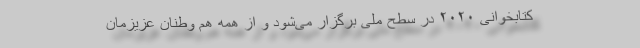
کتابخوانی ۲۰۲۰ در سطح ملی برگزار می‌شود و از همه هم وطنان عزیزمان